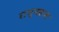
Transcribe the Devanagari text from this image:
राज्यदान